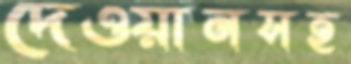
দেওয়ানসহ